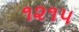
૧૨૧૫